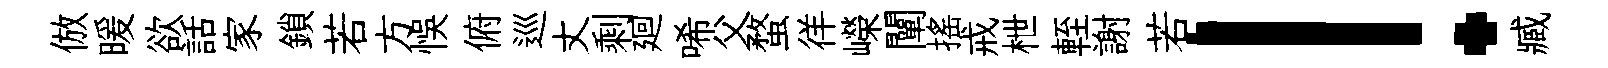
倣暖欲話家鎖若方悞俯巡丈剩廻唏父蝥徉嶸闡揺戒枻輊謝若！臧